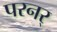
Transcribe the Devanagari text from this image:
परनर्